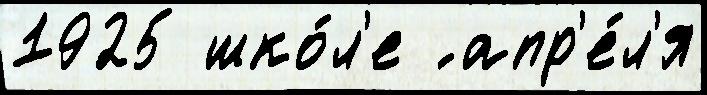
1925 шко́л'е ́ апр'е́л'я